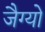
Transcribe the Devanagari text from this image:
जैग्यो